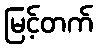
မြင့်တက်